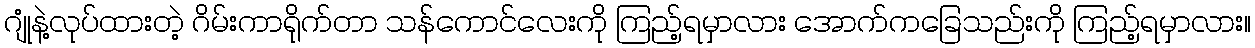
ဂျုံနဲ့လုပ်ထားတဲ့ ဂိမ်းကာရိုက်တာ သန်ကောင်လေးကို ကြည့်ရမှာလား အောက်ကခြေသည်းကို ကြည့်ရမှာလား။